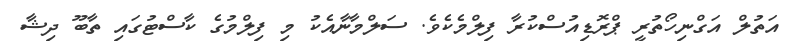
އަތުލް އަގްނިހޯތުރީ ޕްރޮޑިއުސްކުރާ ފިލްމެކެވެ. ސަލްމާނާއެކު މި ފިލްމުގެ ކާސްޓުގައި ތާބޫ ދިޝާ